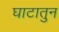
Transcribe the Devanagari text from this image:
घाटातुन